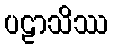
ပဠာသိဿ